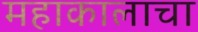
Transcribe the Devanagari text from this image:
महाकालाचा